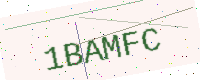
Text: 1BAMFC